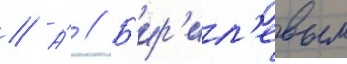
// А́ // Б'ир'ил'евым